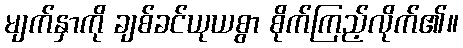
မျက်နှာကို ချစ်ခင်ယုယစွာ စိုက်ကြည့်လိုက်၏။